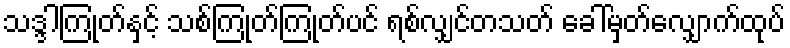
သဒ္ဒါကြုတ်နှင့် သစ်ကြုတ်ကြုတ်ပင် ရစ်လျှင်တသတ် ခေါ်မှတ်လျှောက်ထုပ်